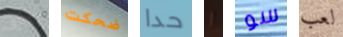
تعرف ضحكت حدا ا سو لعب